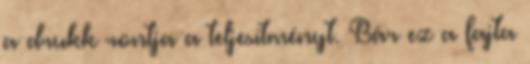
a drukk rontja a teljesítményt. Bár ez a fajta